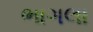
ભાગલા